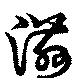
滋